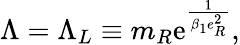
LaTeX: \Lambda=\Lambda_{L}\equiv m_{R}\mathrm{e}^{\frac{1}{\beta_{1}e_{R}^{2}}},